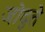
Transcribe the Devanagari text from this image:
जोद्ते